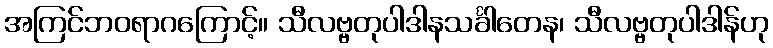
အကြင်ဘဝရာဂကြောင့်။ သီလဗ္ဗတုပါဒါနသင်္ခါတေန၊ သီလဗ္ဗတုပါဒါန်ဟု